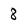
Character: 8